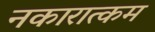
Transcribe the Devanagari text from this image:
नकारात्‍कम